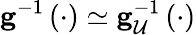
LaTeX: \mathbf{g}^{-1}\left(\cdot\right)\simeq\mathbf{g}_{\mathcal{U}}^{-1}\left(\cdot\right)